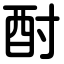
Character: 酎